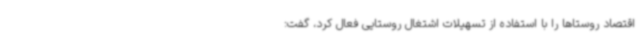
اقتصاد روستاها را با استفاده از تسهیلات اشتغال روستایی فعال کرد، گفت: